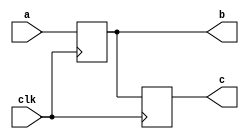
`timescale 1ns / 1ps
//////////////////////////////////////////////////////////////////////////////////
// Company: 
// Engineer: 
// 
// Design Name: 
// Module Name: non_blocking
// Project Name: 
// Target Devices: 
// Tool Versions: 
// Description: 
// 
// Dependencies: 
// 
// Revision:
// Revision 0.01 - File Created
// Additional Comments:
// 
//////////////////////////////////////////////////////////////////////////////////


module non_blocking(clk,a,b,c);
    output [3:0]b,c;
    input  [3:0]a;
    input       clk;
    reg    [3:0]b,c;
    always@(posedge clk)
    begin
        b<=a;
        c<=b;
        $display("Non_Blocking:a=%d,b=%d,c=%d",a,b,c);
    end
endmodule